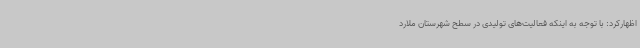
اظهارکرد: با توجه به اینکه فعالیت‌های تولیدی در سطح شهرستان ملارد